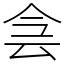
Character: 侌